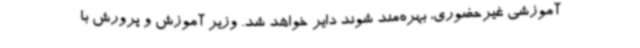
آموزشی غیرحضوری، بهره‌مند شوند دایر خواهد شد. وزیر آموزش و پرورش با